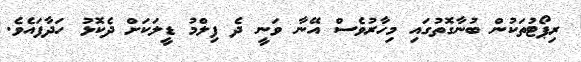
ރިޕޯޓުތަކުން ބުނާގޮތުގައި މިހާރުވެސް އޭނާ ވަނީ ދެ ފިލްމު ޑީލަކަށް ދެކޮޅު ހަދާފައެވެ.